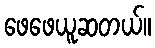
ဖေဖေယူဆတယ်။